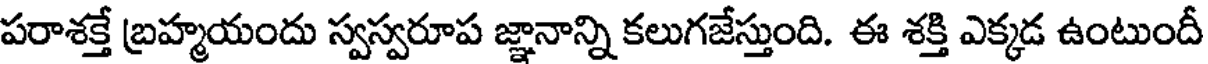
పరాశక్తే బ్రహ్మయందు స్వస్వరూప జ్ఞానాన్ని కలుగజేస్తుంది. ఈ శక్తి ఎక్కడ ఉంటుందీ